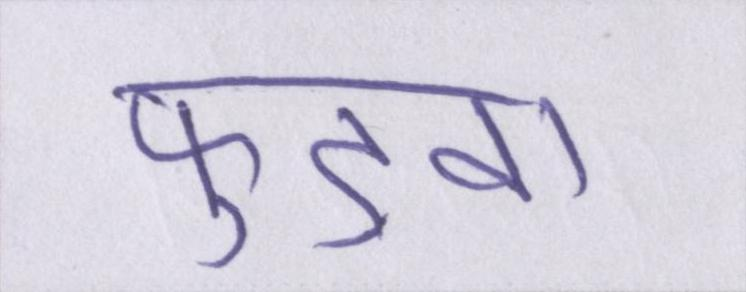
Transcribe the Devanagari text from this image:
फुड़वा